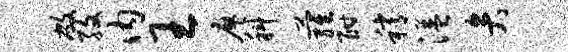
敝孜内王廖科萝酣稍溢弁